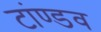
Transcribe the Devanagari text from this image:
टांण्डव